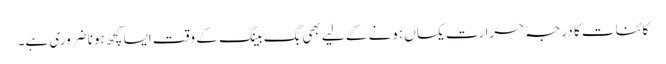
کائنات کا درجہ حرارت یکساں ہونے کے لیے بھی بگ بینگ کے وقت ایسا کچھ ہونا ضروری ہے۔